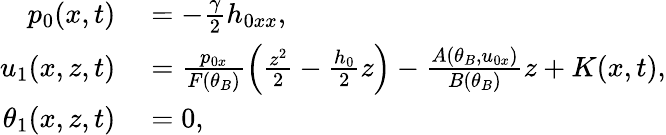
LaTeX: \begin{array}{rl}{p_{0}(x,t)}&{{}=-\frac{\gamma}{2}h_{0xx},}\\ {u_{1}(x,z,t)}&{{}=\frac{p_{0x}}{F(\theta_{B})}\left(\frac{z^{2}}{2}-\frac{h_{0}}{2}z\right)-\frac{A(\theta_{B},u_{0x})}{B(\theta_{B})}z+K(x,t),}\\ {\theta_{1}(x,z,t)}&{{}=0,}\end{array}